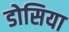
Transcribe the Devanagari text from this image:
डोसिया